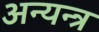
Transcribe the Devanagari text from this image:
अन्यन्त्र